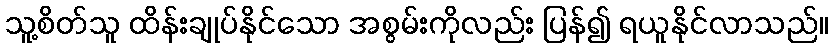
သူ့စိတ်သူ ထိန်းချုပ်နိုင်သော အစွမ်းကိုလည်း ပြန်၍ ရယူနိုင်လာသည်။